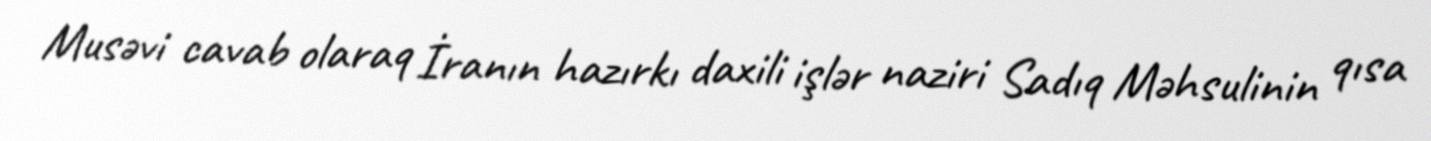
Musəvi cavab olaraq İranın hazırkı daxili işlər naziri Sadıq Məhsulinin qısa